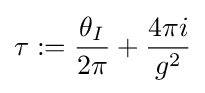
\tau :={\frac {\theta _{I}}{2\pi }}+{\frac {4\pi i}{g^{2}}}